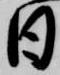
日